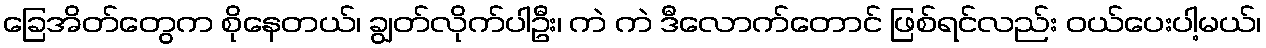
ခြေအိတ်တွေက စိုနေတယ်၊ ချွတ်လိုက်ပါဦး၊ ကဲ ကဲ ဒီလောက်တောင် ဖြစ်ရင်လည်း ဝယ်ပေးပါ့မယ်၊